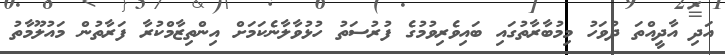
އަދި އާދީއްތަ ދުވަހު މިމުބާރާތުގައި ބައިވެރިވުމުގެ ފުރުސަތު ހުޅުވާލާނެކަމަށް އިންތިޒާމްކުރާ ފަރާތުން މައުލޫމާތު